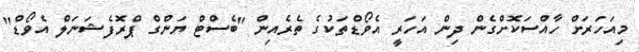
މިއަހަރަށް ހާއްސަކޮށްގެން ދިން އަހަރީ އެވޯޑްތަކުގެ ތެރެއިން "ބެސްޓް ޔަންގް ޕްްރޮފެޝަނަލް އެވޯޑް"